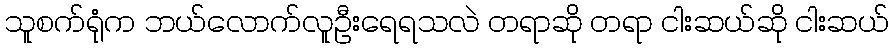
သူစက်ရုံက ဘယ်လောက်လူဦးရေရသလဲ တရာဆို တရာ ငါးဆယ်ဆို ငါးဆယ်